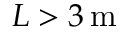
L > 3 \, \mathrm { m }